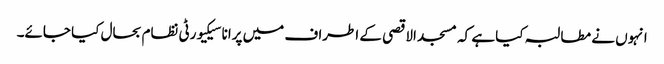
انہوں نے مطالبہ کیا ہے کہ مسجد الاقصی کے اطراف میں پرانا سیکیورٹی نظام بحال کیا جائے۔